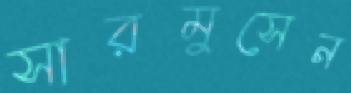
সারমুসেন